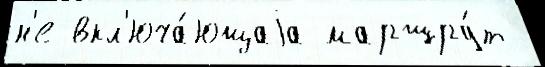
н'е вкл'юча́ющаjа маршру́т